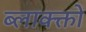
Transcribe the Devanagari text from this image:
ब्लाक्क्तों